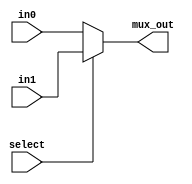
`timescale 1ns / 1ps

// For 7-segment display clock
// Authored by David J Marion

module mux2x1(
    input [6:0] in0,
    input [6:0] in1,
    input select,
    output [6:0] mux_out
    );
    
    assign mux_out = (select) ? in1 : in0;
    
endmodule